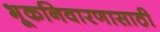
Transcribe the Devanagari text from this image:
भूकनिवारणासाठी